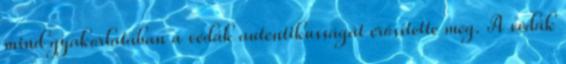
mind gyakorlatában a védák autentikusságát erősítette meg. A védák